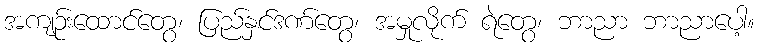
အကျဉ်းထောင်တွေ၊ ပြည်နှင်ဒဏ်တွေ၊ အမှုလိုက် ရဲတွေ၊ ဘာညာ ဘာညာပေါ့။